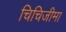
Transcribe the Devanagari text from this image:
चिचिजीमा